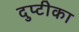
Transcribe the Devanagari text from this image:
दुप्टीका